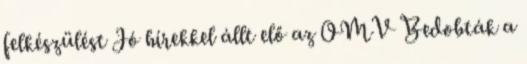
felkészülést Jó hírekkel állt elő az OMV Bedobták a